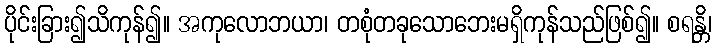
ပိုင်းခြား၍သိကုန်၍။ အကုလောဘယာ၊ တစုံတခုသောဘေးမရှိကုန်သည်ဖြစ်၍။ စရန္တိ၊